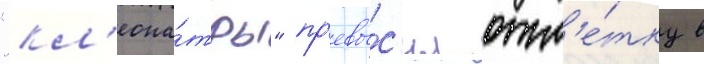
"кл'еопа́тры" пр'евы́с'ил отм'е́тку в